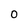
Character: 0